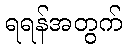
ရရန်အတွက်